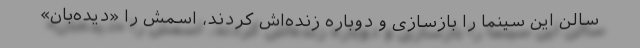
سالن این سینما را بازسازی و دوباره زنده‌اش کردند، اسمش را «دیده‌بان»